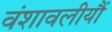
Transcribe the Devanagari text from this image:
वंशावलीयौं